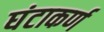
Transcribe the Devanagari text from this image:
घंटाकर्ण